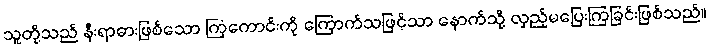
သူတို့သည် နီးရာဓားဖြစ်သော ကြံကောင်းကို ကြောက်သဖြင့်သာ နောက်သို့ လှည့်မပြေးကြခြင်းဖြစ်သည်။